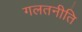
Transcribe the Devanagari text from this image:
गलतनीति